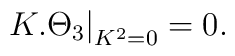
K.\Theta_{3}{\big|}_{K^{2}=0}=0.